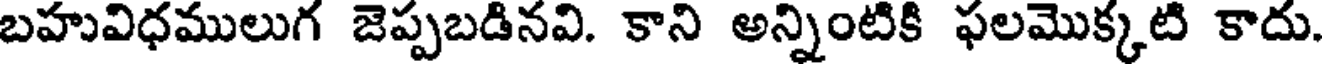
బహువిధములుగ జెప్పబడినవి. కాని అన్నింటికి ఫలమొక్కటి కాదు.